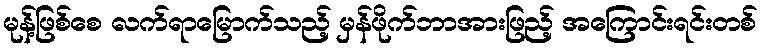
မုန့်ဖြစ်စေ လက်ရာမြောက်သည့် မှန်ဖိုက်ဘာအားဖြည့် အကြောင်းရင်းတစ်